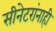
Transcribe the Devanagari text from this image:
सीनेटरांनाही